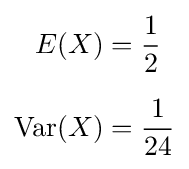
{\begin{aligned}E(X)&={\frac {1}{2}}\\[6pt]\operatorname {Var} (X)&={\frac {1}{24}}\end{aligned}}